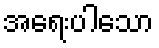
အရေးပါသော